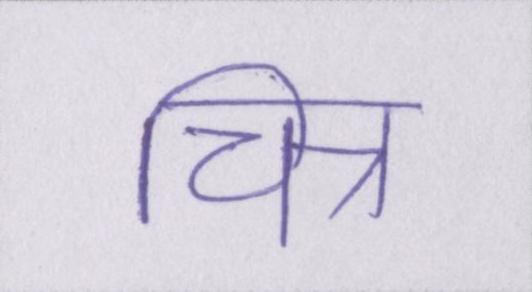
चित्र